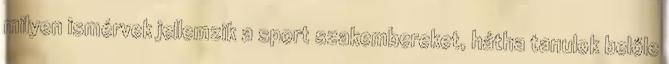
milyen ismérvek jellemzik a sport szakembereket, hátha tanulok belőle